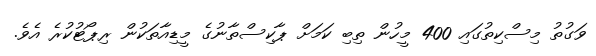
ވަގުތު މިސްކިތުގައި 400 މީހުން ތިބި ކަމަށް ޕާކިސްތާނުގެ މީޑިއާތަކުން ރިޕޯޓުކުރެ އެވެ.